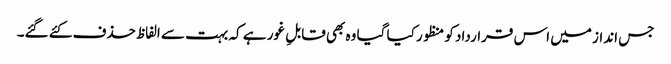
جس انداز میں اس قرارداد کو منظور کیا گیا وہ بھی قابلِ غور ہے کہ بہت سے الفاظ حذف کئے گئے۔